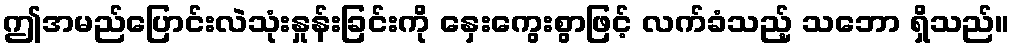
ဤအမည်ပြောင်းလဲသုံးနှုန်းခြင်းကို နှေးကွေးစွာဖြင့် လက်ခံသည့် သဘော ရှိသည်။